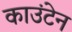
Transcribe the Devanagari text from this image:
काउंटेन